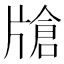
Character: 𱭟